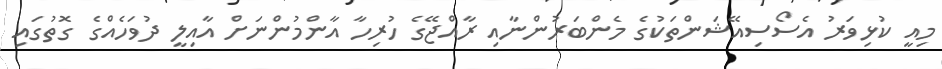
މިއީ ކުޅިވަރު އެސޯސިއޭޝަންތަކުގެ މެންބަރުންނާއި ރާއްޖޭގެ ހުރިހާ އާންމުންނަށް އާއިލީ ދުވަހެއްގެ ގޮތުގައި